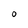
Character: O